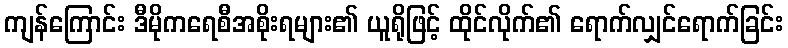
ကျန်ကြောင်း ဒီမိုကရေစီအစိုးရများ၏ ယူရိုဖြင့် ထိုင်လိုက်၏ ရောက်လျှင်ရောက်ခြင်း